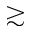
\gtrsim